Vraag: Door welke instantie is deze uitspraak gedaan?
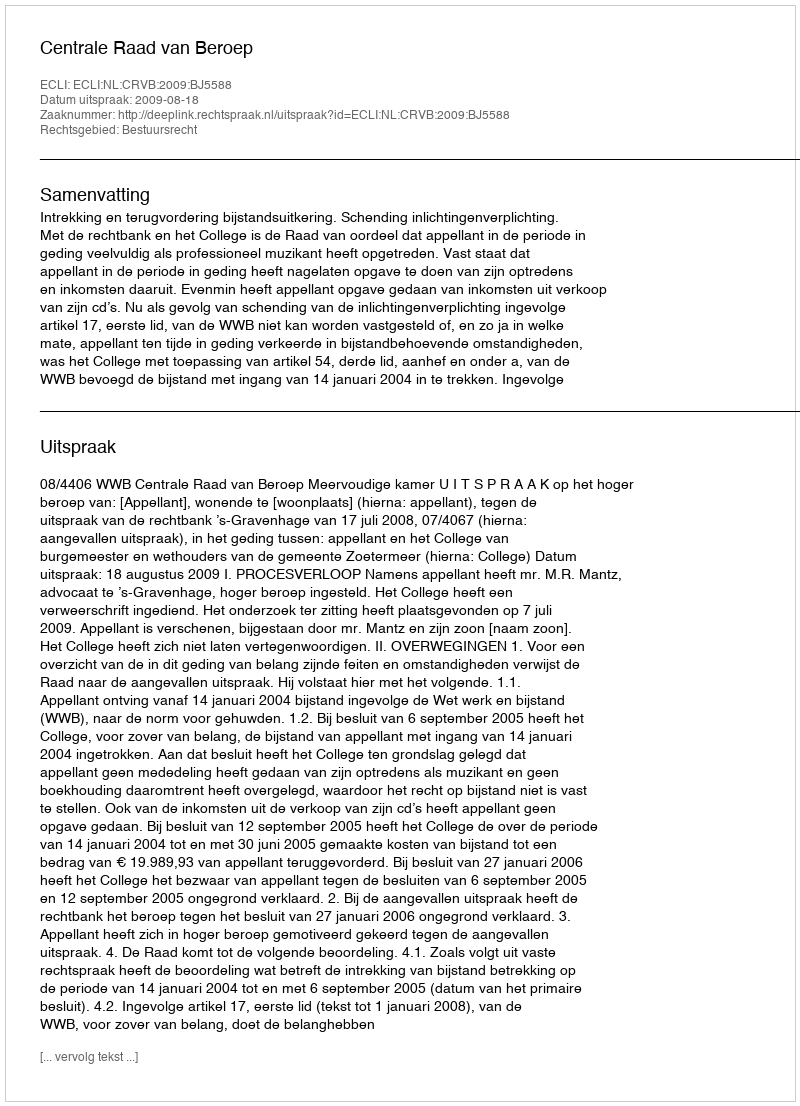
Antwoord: Centrale Raad van Beroep